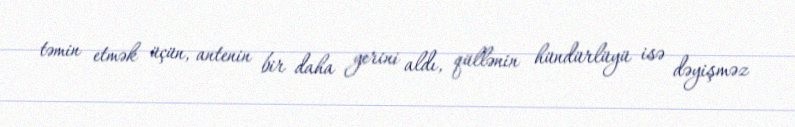
təmin etmək üçün, antenin bir daha yerini aldı, qüllənin hündürlüyü isə dəyişməz